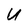
Character: U